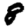
Digit: 8